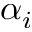
\alpha _ { i }